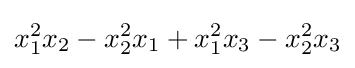
x_{1}^{2}x_{2}-x_{2}^{2}x_{1}+x_{1}^{2}x_{3}-x_{2}^{2}x_{3}